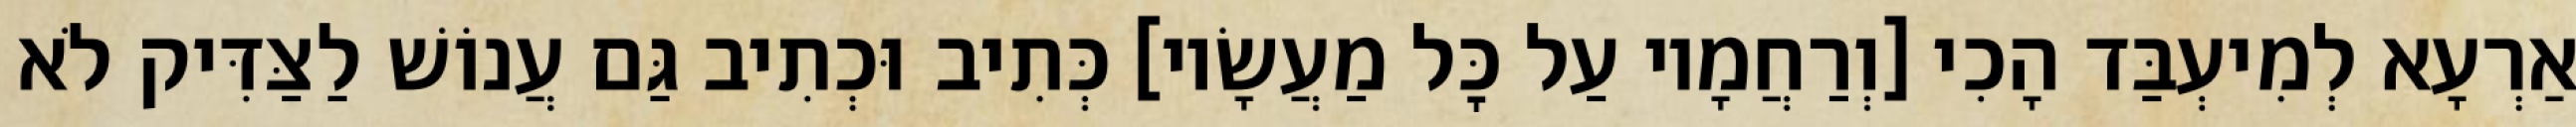
אַרְעָא לְמִיעְבַּד הָכִי [וְרַחֲמָיו עַל כׇּל מַעֲשָׂיו] כְּתִיב וּכְתִיב גַּם עֲנוֹשׁ לַצַּדִּיק לֹא